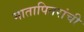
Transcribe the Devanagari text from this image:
मातापितरांची